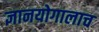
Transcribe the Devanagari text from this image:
ज्ञानयोगालाच